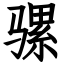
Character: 骡